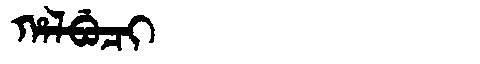
Manchu: ᡥᠠᠯᠪᡠᠴᡳ
Romanization: HALBUCI